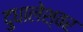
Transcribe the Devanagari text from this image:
दुधालेश्‍वर